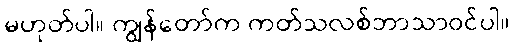
မဟုတ်ပါ။ ကျွန်တော်က ကတ်သလစ်ဘာသာဝင်ပါ။